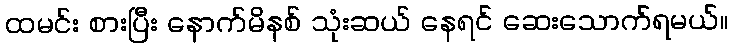
ထမင်း စားပြီး နောက်မိနစ် သုံးဆယ် နေရင် ဆေးသောက်ရမယ်။